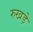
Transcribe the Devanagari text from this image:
रुखड़े